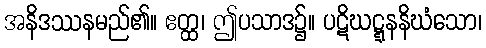
အနိဒဿနမည်၏။ ဧတ္ထ၊ ဤပသာဒ၌။ ပဋိဃဋ္ဋနနိဃံသော၊